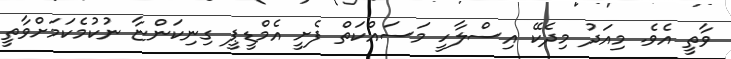
ވާތީ އެވެ. މިއަދު މިދެކޭ އިސްލާހީ މަސައްކަތް ފެށީީ އެމްޑީޕީ ގިނިކަންޏާ ނުކުމެކަމަށްވާތީ